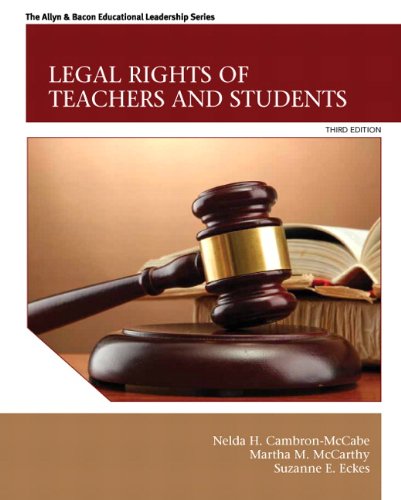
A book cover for Legal Rights of Teachers and Students (3rd Edition) (New 2013 Ed Leadership Titles); Nelda H. Cambron-McCabe; Law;